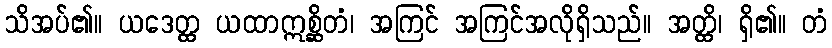
သိအပ်၏။ ယဒေတ္ထ ယထာဣစ္ဆိတံ၊ အကြင် အကြင်အလိုရှိသည်။ အတ္ထိ၊ ရှိ၏။ တံ